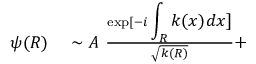
\begin{array} { r l } { \psi ( R ) } & { { } \sim A \, \, \frac { \exp [ - i \displaystyle \int _ { R } k ( x ) d x ] } { \sqrt { k ( R ) } } + } \end{array}